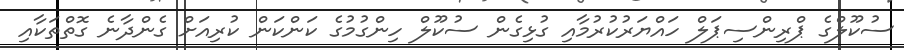
ސުކޫލްގެ ޕްރިންސިޕަލް ހައްޔަރުކުރުމާއި ގުޅިގެން ސުކޫލް ހިންގުމުގެ ކަންކަން ކުރިއަށް ގެންދާނެ ގޮތްތަކާއި